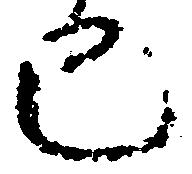
已